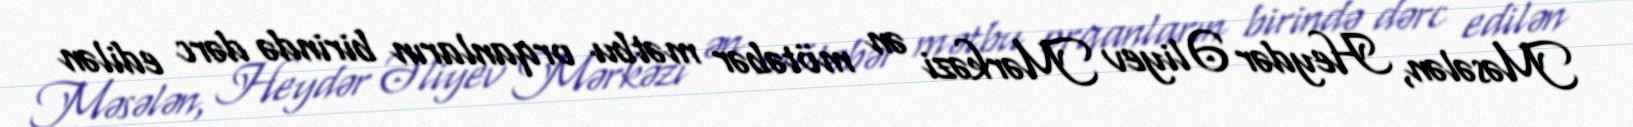
Məsələn, Heydər Əliyev Mərkəzi ən mötəbər mətbu orqanların birində dərc edilən